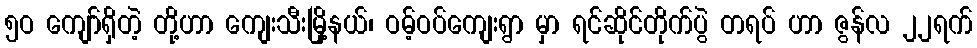
၅ဝ ကျော်ရှိတဲ့ တို့ဟာ ကျေးသီးမြို့နယ်၊ ဝမ့်ဝပ်ကျေးရွာ မှာ ရင်ဆိုင်တိုက်ပွဲ တရပ် ဟာ ဇွန်လ ၂၂ရက်